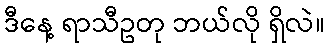
ဒီနေ့ ရာသီဥတု ဘယ်လို ရှိလဲ။